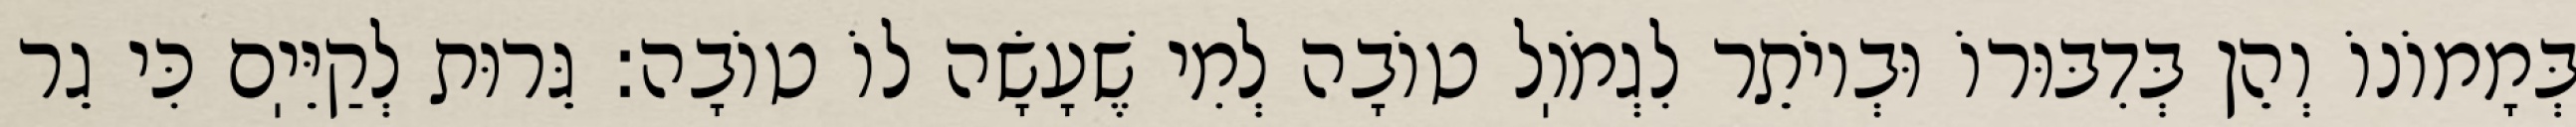
בְּמָמוֹנוֹ וְהֵן בְּדִבּוּרוֹ וּבְיוֹתֵר לִגְמֹוֽל טוֹבָה לְמִי שֶׁעָשָׂה לוֹ טוֹבָה: גֵּרוּת לְקַיֵּיֽם כִּי גֵר